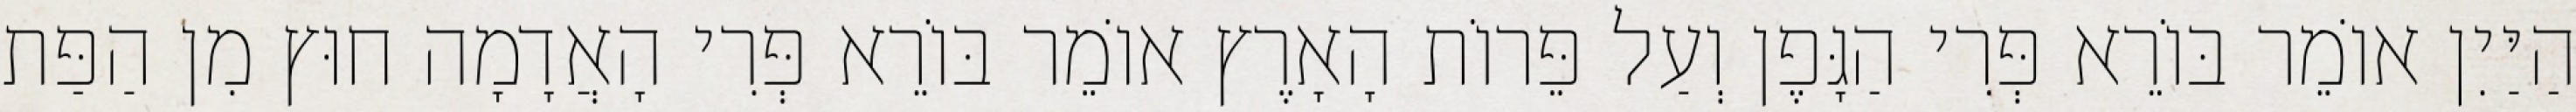
הַיַּיִן אוֹמֵר בּוֹרֵא פְּרִי הַגָּפֶן וְעַל פֵּרוֹת הָאָרֶץ אוֹמֵר בּוֹרֵא פְּרִי הָאֲדָמָה חוּץ מִן הַפַּת